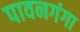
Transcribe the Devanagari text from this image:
पावनगंगा